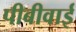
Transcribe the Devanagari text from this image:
पीबीवाई